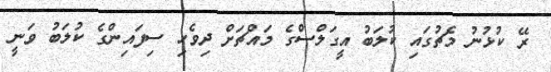
ރޭ ކުޅުނު މެޗުގައި ކުލަބު އީގަލްސްގެ މައްޗަށް ދިވެހި ސިފައިންގެ ކުލަބު ވަނީ